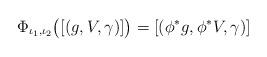
LaTeX: \begin{align*} \Phi_{\iota_1,\iota_2}\big( [(g,V,\gamma)] \big) = [(\phi^* g, \phi^* V, \gamma)] \end{align*}